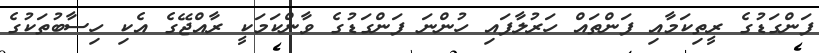
ފަންގަޑުގެ ރީތިކަމާއި ފަންތައް ހަރުލާފައި ހުންނަ ފަންގަޑުގެ ވާންކަމަކީ ރާއްޖޭގެ އެކި ހިސާބުތަކުގެ